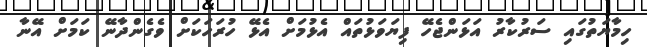
ހިމާޔަތުގައި ސަރުކާރު އަޅަންޖެހޭ ފިޔަވަޅުތައް އެޅުމަށް އެޅޭ ހުރަހަކަށް ވެގެންދާނޭ ކަމަށް އޭނާ